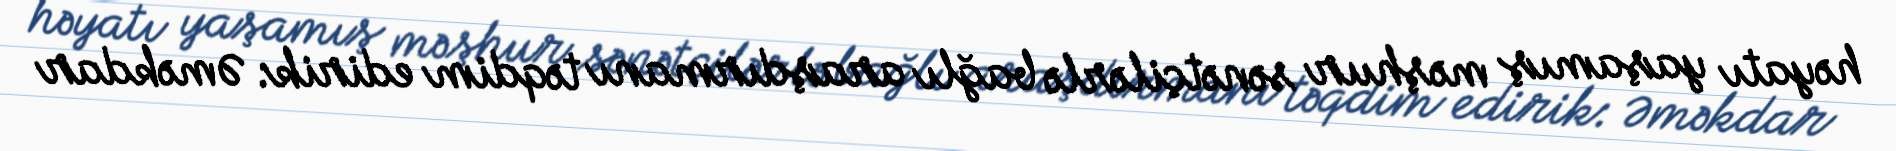
həyatı yaşamış məşhur sənətçilərlə bağlı araşdırmanı təqdim edirik: Əməkdar